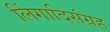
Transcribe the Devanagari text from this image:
लिंगादिसंग्रह